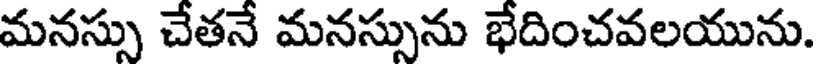
మనస్సు చేతనే మనస్సును భేదించవలయును.